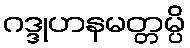
ဂဒ္ဒုဟနမတ္တမ္ပိ